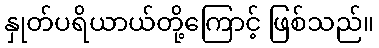
နှုတ်ပရိယာယ်တို့ကြောင့် ဖြစ်သည်။